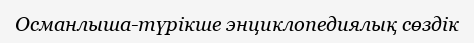
Османлыша-түрікше энциклопедиялық сөздік